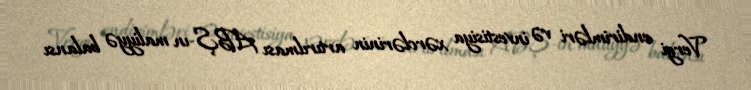
Vergi endirimləri və investisiya xərclərinin artırılması ABŞ-ın maliyyə balansı